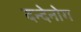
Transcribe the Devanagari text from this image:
दन्देनोग